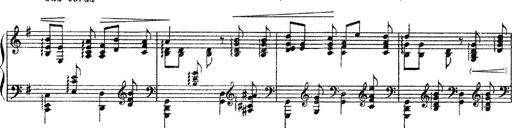
Title: 3 sonetti di Petrarca
Composer: Franz Liszt